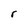
Character: r